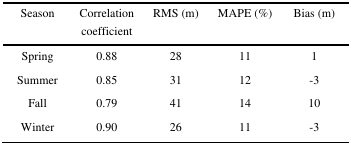
<table><thead><tr><td><b>Season</b></td><td><b>Correlation coefficient</b></td><td><b>RMS (m)</b></td><td><b>MAPE (%)</b></td><td><b>Bias (m)</b></td></tr></thead><tbody><tr><td>Spring</td><td>0.88</td><td>28</td><td>11</td><td>1</td></tr><tr><td>Summer</td><td>0.85</td><td>31</td><td>12</td><td>-3</td></tr><tr><td>Fall</td><td>0.79</td><td>41</td><td>14</td><td>10</td></tr><tr><td>Winter</td><td>0.90</td><td>26</td><td>11</td><td>-3</td></tr></tbody></table>